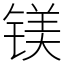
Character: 镁